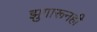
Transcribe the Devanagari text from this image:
झुगारूनही